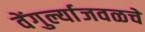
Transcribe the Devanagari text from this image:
वेंगुर्ल्याजवळचे